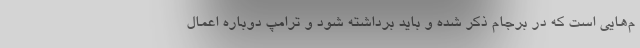
م‌هایی است که در برجام ذکر شده و باید برداشته شود و ترامپ دوباره اعمال